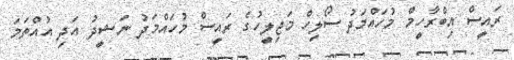
ރައީސް އިބްރާހީމް މުހައްމަދު ސޯލިހް މަޖިލީހުގެ ރައީސް މުހައްމަދު ނަޝީދު އަދި އުއްތަމަ